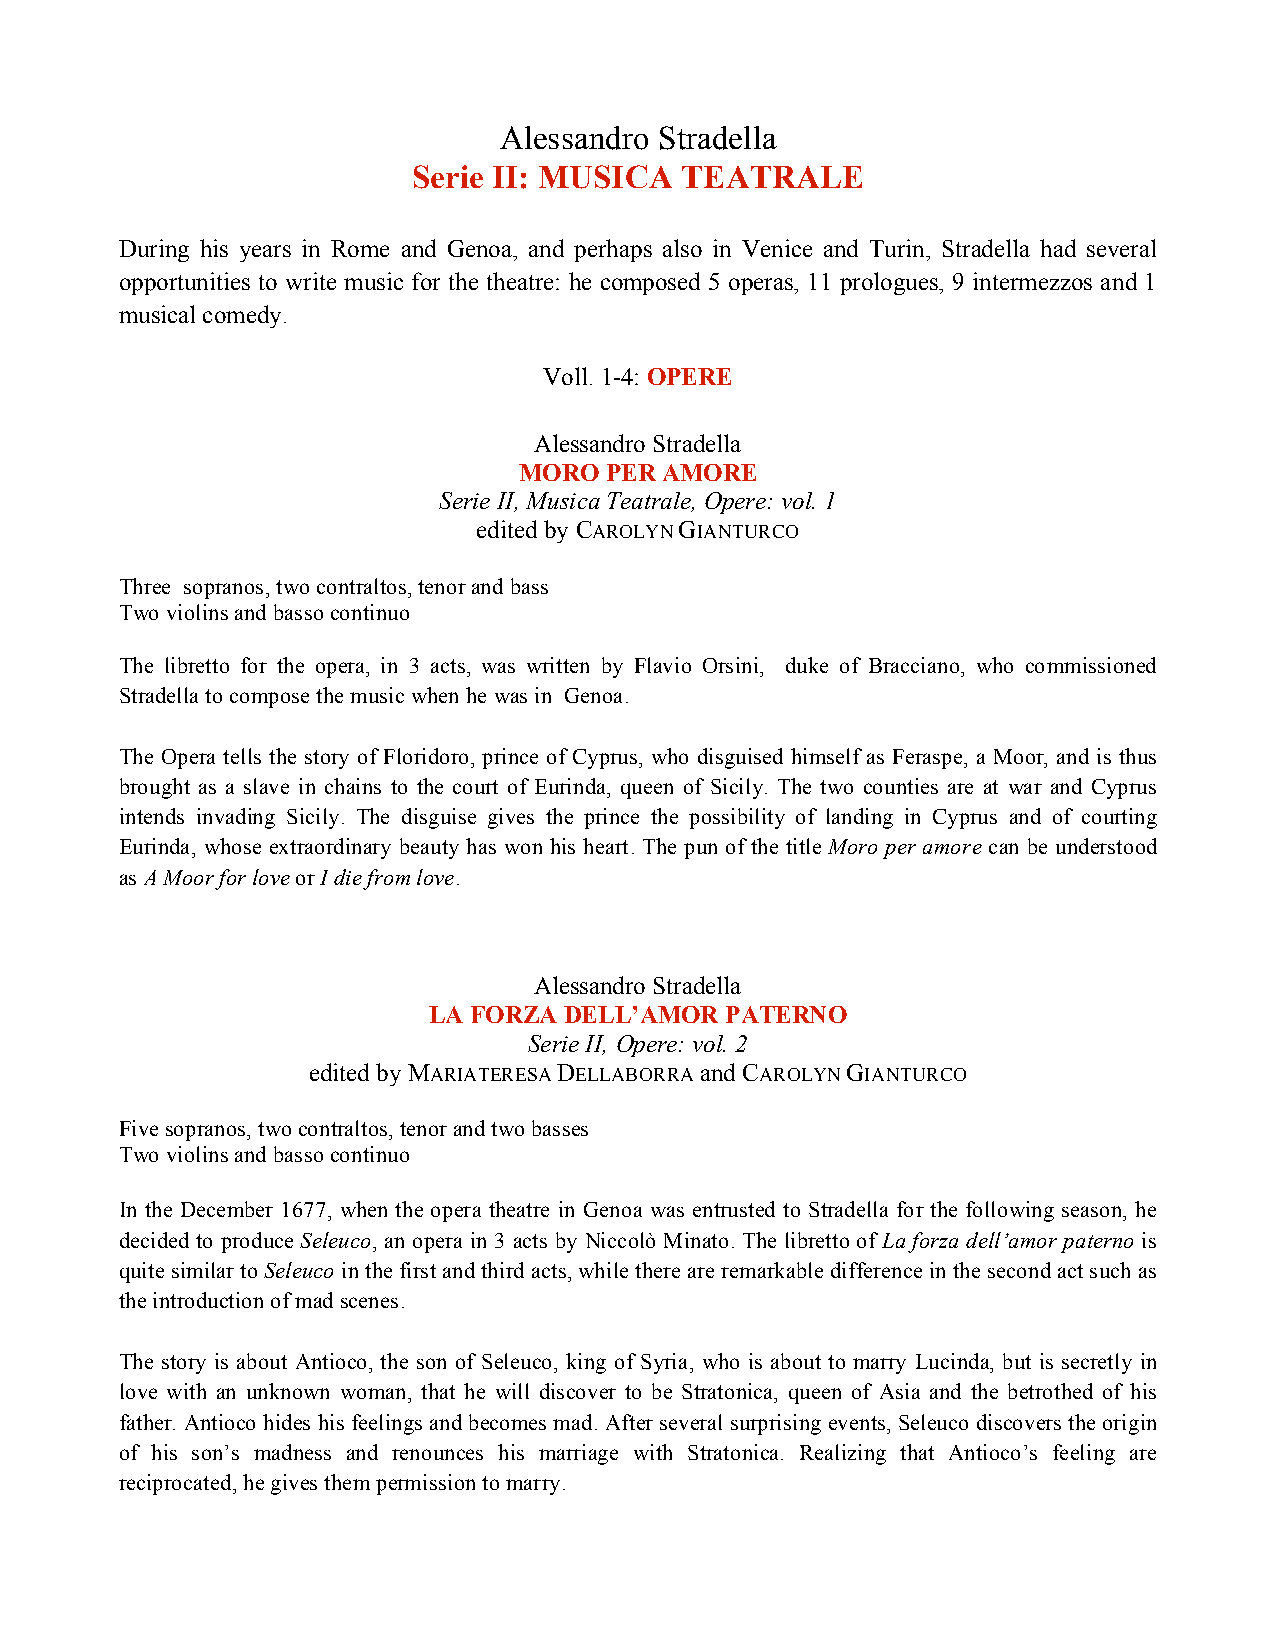
Alessandro Stradella
 Serie II: MUSICA  TEATRALE
 During his years in Rome and Genoa, and perhaps also in Venice and Turin, Stradella had several
 opportunities to write music for the theatre: he composed 5 operas, 11 prologues, 9 intermezzos and 1
 musical comedy.
 Voll. 1-4: OPERE
 Alessandro Stradella
 MORO  PER AMORE
 Serie II, Musica Teatrale, Opere: vol. 1
 edited by CAROLYN GIANTURCO
 Three sopranos, two contraltos, tenor and bass
 Two violins and basso continuo
 The libretto for the opera, in 3 acts, was written by Flavio Orsini, duke of Bracciano, who commissioned
 Stradella to compose the music when he was in Genoa.
 The Opera tells the story of Floridoro, prince of Cyprus, who disguised himself as Feraspe, a Moor, and is thus
 brought as a slave in chains to the court of Eurinda, queen of Sicily. The two counties are at war and Cyprus
 intends invading Sicily. The disguise gives the prince the possibility of landing in Cyprus and of courting
 Eurinda, whose extraordinary beauty has won his heart. The pun of the title Moro per amore can be understood
 as A Moor for love or I die from love.
 Alessandro Stradella
 LA FORZA DELL’AMOR  PATERNO
 Serie II, Opere: vol. 2
 edited by MARIATERESA DELLABORRA and CAROLYN GIANTURCO
 Five sopranos, two contraltos, tenor and two basses
 Two violins and basso continuo
 In the December 1677, when the opera theatre in Genoa was entrusted to Stradella for the following season, he
 decided to produce Seleuco, an opera in 3 acts by Niccolò Minato. The libretto of La forza dell’amor paterno is
 quite similar to Seleuco in the first and third acts, while there are remarkable difference in the second act such as
 the introduction of mad scenes.
 The story is about Antioco, the son of Seleuco, king of Syria, who is about to marry Lucinda, but is secretly in
 love with an unknown woman, that he will discover to be Stratonica, queen of Asia and the betrothed of his
 father. Antioco hides his feelings and becomes mad. After several surprising events, Seleuco discovers the origin
 of his son’s madness and renounces his marriage with Stratonica. Realizing that Antioco’s feeling are
 reciprocated, he gives them permission to marry.